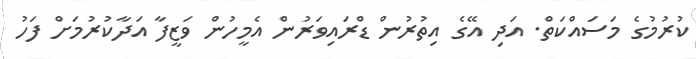
ކުރުމުގެ މަސައްކަތް. އަދި އޭގެ އިތުރުން ޑްރައިވަރުން އެމީހުން ވަޒީފާ އަދާކުރުމަށް ފަހު